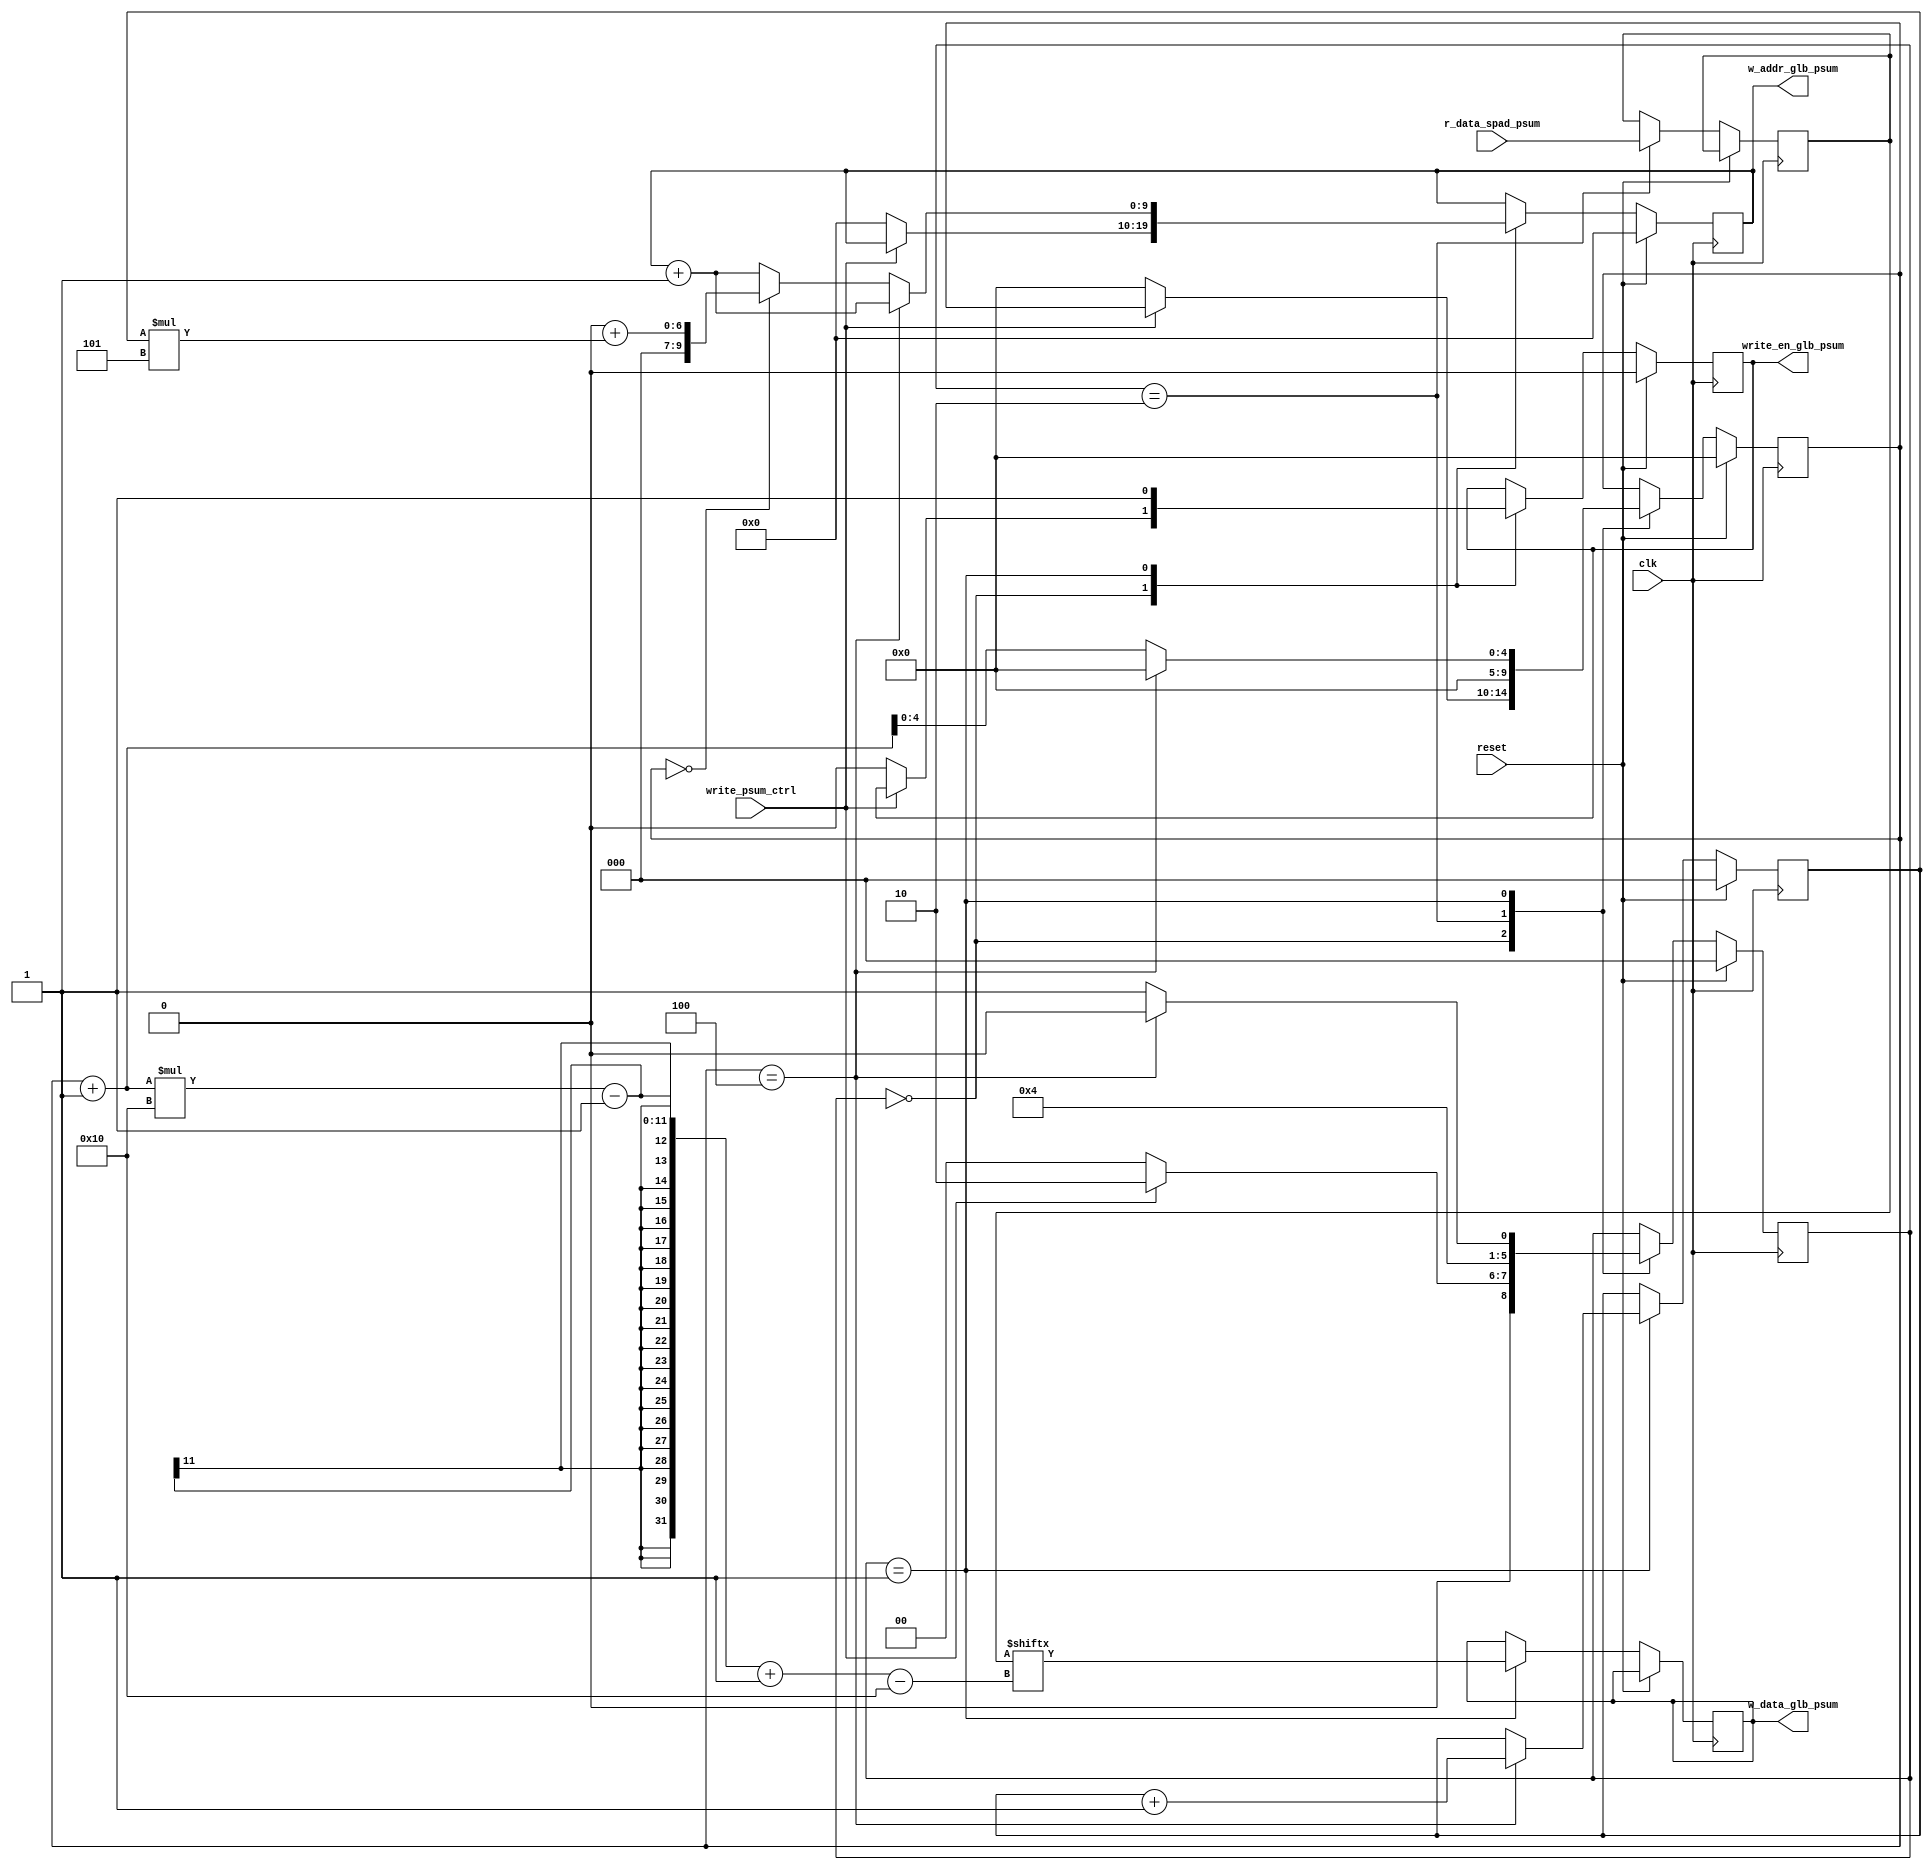
`timescale 1ns / 1ps

module router_psum #( parameter DATA_BITWIDTH = 16,
						parameter ADDR_BITWIDTH_GLB = 10,
						parameter ADDR_BITWIDTH_SPAD = 9,
						
						parameter X_dim = 5,
                        parameter Y_dim = 3,
                        parameter kernel_size = 3,
                        parameter act_size = 5,
						
//						parameter A_READ_ADDR =100, 
                        
//                        parameter A_LOAD_ADDR = 0,
						
						parameter PSUM_READ_ADDR = 0,
						parameter PSUM_LOAD_ADDR = 0
					)
					
					(	input clk,
						input reset,
						
						//for writing and reading glb
						input [DATA_BITWIDTH*X_dim-1 : 0] r_data_spad_psum,
						output reg [ADDR_BITWIDTH_GLB-1 : 0] w_addr_glb_psum,
						output reg write_en_glb_psum,
						
						//for writing to spad
						output reg [DATA_BITWIDTH-1 : 0] w_data_glb_psum,
//						output reg load_en_spad,
						
						//Input from PE cluster to write psums to glb
						input write_psum_ctrl
			
					);
				
					
		// enum reg [2:0] {IDLE=3'b000, WRITE_GLB=3'b001, READ_PSUM=3'b010} state;
		reg [2:0] state;		
		localparam IDLE=3'b000;
		localparam WRITE_GLB=3'b001;
		localparam READ_PSUM=3'b010;
		reg [4:0] psum_count;
		reg [DATA_BITWIDTH*X_dim-1 : 0] pe_psum;
		reg [2:0] iter;
		
		always@(posedge clk) begin
//			$display("State of router_psum: %s", state.name());
			if(reset) begin
				w_addr_glb_psum <= PSUM_LOAD_ADDR;
				psum_count <= 0;
				write_en_glb_psum <= 0;
				iter <= 0;
				state <= IDLE;
			end else begin
				case(state)
					IDLE:begin
						if(write_psum_ctrl) begin
							//write_en_glb_psum <= 1;
							state <= READ_PSUM;
						end else begin
							psum_count <= 0;
							write_en_glb_psum <= 0;
							w_addr_glb_psum <= PSUM_LOAD_ADDR;
							state <= IDLE;
						end
					end
					
					READ_PSUM:begin
						pe_psum <= r_data_spad_psum;
//						$display("Psum read in router:%d",pe_psum[0:kernel_size-1]);
						psum_count <= 0;
						state <= WRITE_GLB;
					end
					
					WRITE_GLB:begin
						write_en_glb_psum <= 1;
//						$display("Psum written to address %d; Iter is %d",w_addr_glb_psum, iter);
						if(psum_count == (X_dim-1)) begin
							w_data_glb_psum <= pe_psum[(psum_count+1)*DATA_BITWIDTH-1 -: DATA_BITWIDTH];
							psum_count <= 0;
							w_addr_glb_psum <= w_addr_glb_psum + 1;
							iter <= iter + 1;
							state <= IDLE;
						end else begin
							w_data_glb_psum <= pe_psum[(psum_count+1)*DATA_BITWIDTH-1 -: DATA_BITWIDTH];
							psum_count <= psum_count + 1;
							
							if(psum_count == (X_dim-1)) begin
								state <= IDLE;
							end else if(psum_count == 0) begin
								w_addr_glb_psum <= PSUM_LOAD_ADDR+iter*X_dim;
								state <= WRITE_GLB;
							end else begin
								w_addr_glb_psum <= w_addr_glb_psum + 1;
								state <= WRITE_GLB;
							end
							
						end
					end
				endcase
			end
		end
 
endmodule